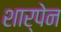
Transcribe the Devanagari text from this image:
शार्पेन